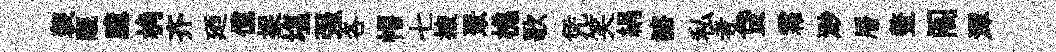
袈覼臆桷齐廼儻捉塩强各帽七掖聚樵歌凭笑絹諮私者贷霜渺層鳌阁潭